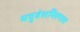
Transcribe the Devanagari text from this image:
यदुवंशनिरूपण